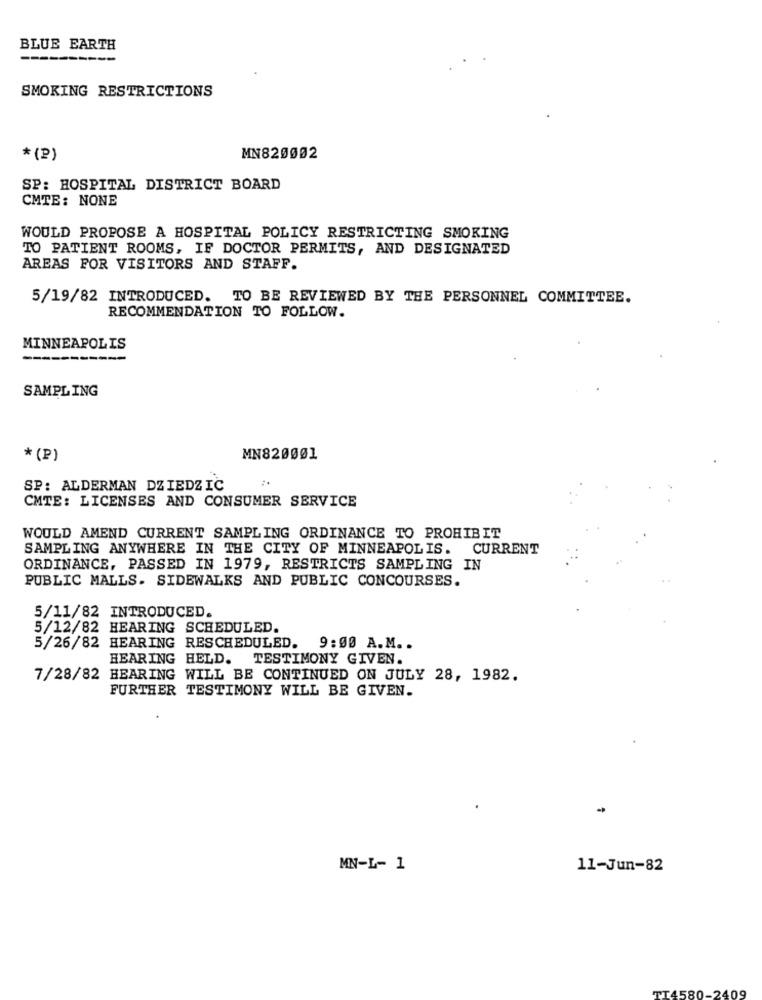
BLUE EARTH
----------
SMOKING RESTRICTIONS
* (2)
MN820002
SP: HOSPITAL DISTRICT BOARD
CMTE: NONE
WOULD PROPOSE A HOSPITAL POLICY RESTRICTING SMOKING
TO PATIENT ROOMS, IF DOCTOR PERMITS, AND DESIGNATED
AREAS FOR VISITORS AND STAFF.
5/19/82 INTRODUCED. TO BE REVIEWED BY THE PERSONNEL COMMITTEE.
RECOMMENDATION TO FOLLOW.
MINNEAPOLIS
SAMPLING
* (P)
MN820001
SP: ALDERMAN DZIEDZIC
CMTE: LICENSES AND CONSUMER SERVICE
WOULD AMEND CURRENT SAMPLING ORDINANCE TO PROHIBIT
SAMPLING ANYWHERE IN THE CITY OF MINNEAPOLIS. CURRENT
ORDINANCE, PASSED IN 1979, RESTRICTS SAMPLING IN
PUBLIC MALLS. SIDEWALKS AND PUBLIC CONCOURSES.
5/11/82 INTRODUCED.
5/12/82 HEARING SCHEDULED.
5/26/82 HEARING RESCHEDULED. 9:00 A.M ..
HEARING HELD. TESTIMONY GIVEN.
7/28/82 HEARING WILL BE CONTINUED ON JULY 28, 1982.
FURTHER TESTIMONY WILL BE GIVEN.
-
MN-L- 1
11-Jun-82
TI4580-2409